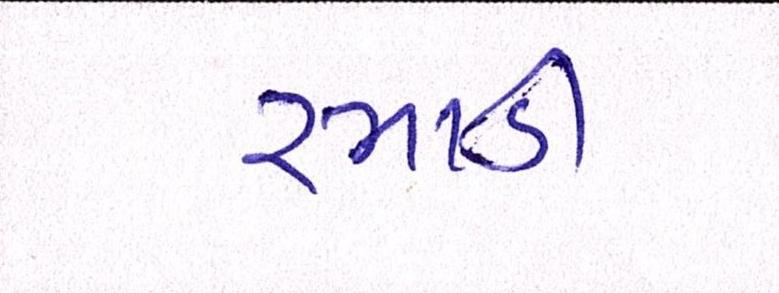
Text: રમાડી